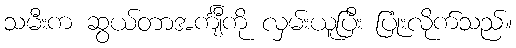
သမီးက ဆွယ်တာအင်္ကျီကို လှမ်းယူပြီး ပြုံးလိုက်သည်။